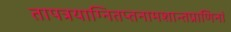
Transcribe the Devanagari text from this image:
तापत्रयाग्नितप्तनामशान्तप्राणिनां